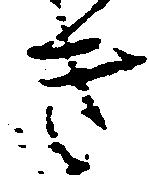
き